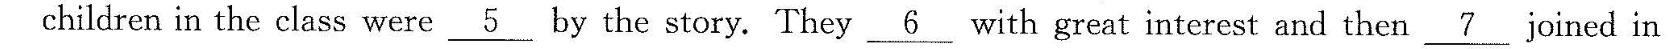
children in the class were \underline{5}by the story.They \underline{6}with great interest and then j\underline{7}oined in